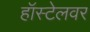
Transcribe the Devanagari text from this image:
हॉस्टेलवर